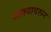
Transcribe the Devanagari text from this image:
नाक्यावरून